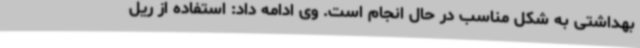
بهداشتی به شکل مناسب در حال انجام است. وی ادامه داد: استفاده از ریل